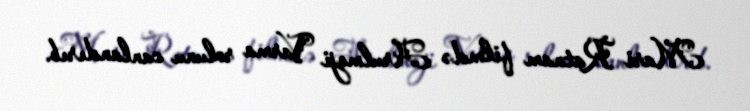
Mari Ratnam filmdə Arulmoji Varma rolunu canlandırıb.